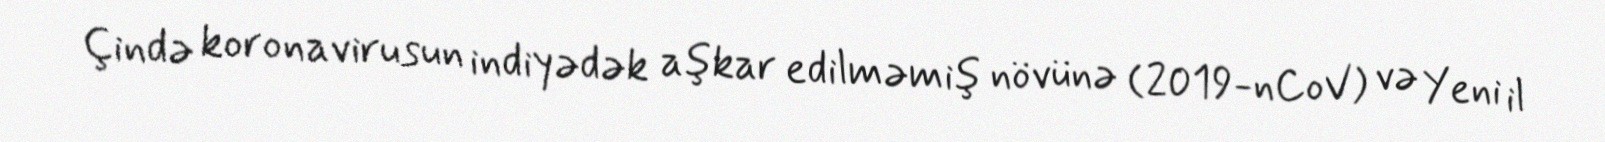
Çində koronavirusun indiyədək aşkar edilməmiş növünə (2019-nCoV) və Yeni il